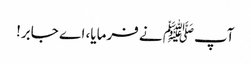
آپﷺ نے فرمایا، اے جابر!